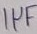
Text: 1µF